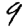
Digit: 9